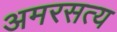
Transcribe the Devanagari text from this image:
अमरसत्य